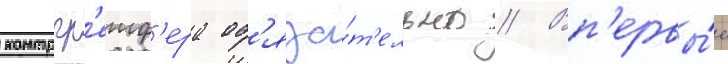
контргр'еиф'ера об'яза́т'ельно // Вп'ервы́е